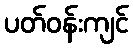
ပတ်ဝန်းကျင်